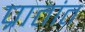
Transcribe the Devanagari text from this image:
प्रातांत